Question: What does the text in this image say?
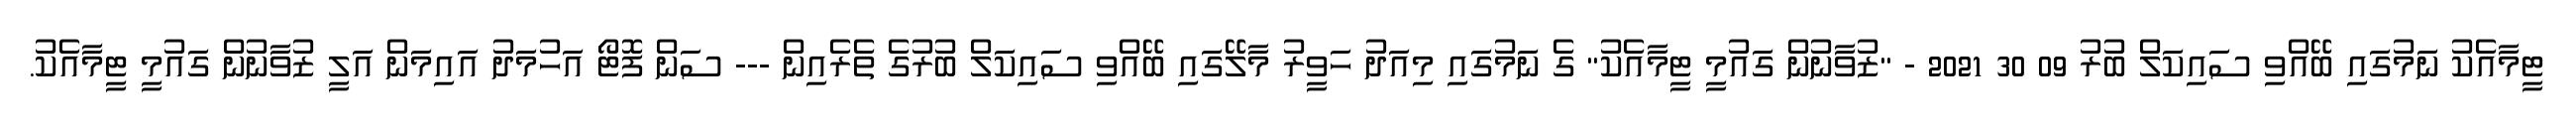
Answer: ޓީމާއެކު ނަމުގައި ބޭއްވި ސައިކަލް ބުރު 09 30 2021 - "ޒުވާނުން ގައުމީ ޓީމާއެކު" ގެ ނަމުގައި މިއަދު ހަވީރު މާލޭގައި ބޭއްވި ސައިކަލް ބުރުގެ ތެރެއިން --- ސަން ފޮޓޯ އަހުމަދު އައިމަން އަލީ ޒުވާނުން ގައުމީ ޓީމާއެކު.